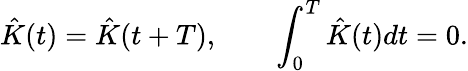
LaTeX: \hat{K}(t)=\hat{K}(t+T),\qquad\int_{0}^{T}\hat{K}(t)dt=0.